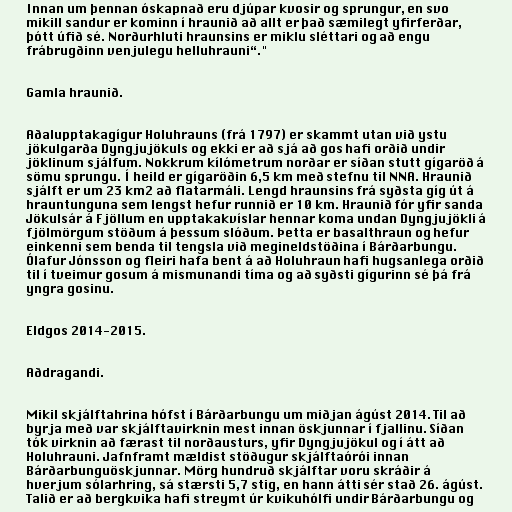
Innan um þennan óskapnað eru djúpar kvosir og sprungur, en svo
mikill sandur er kominn í hraunið að allt er það sæmilegt yfirferðar,
þótt úfið sé. Norðurhluti hraunsins er miklu sléttari og að engu
frábrugðinn venjulegu helluhrauni“."

Gamla hraunið.

Aðalupptakagígur Holuhrauns (frá 1797) er skammt utan við ystu
jökulgarða Dyngjujökuls og ekki er að sjá að gos hafi orðið undir
jöklinum sjálfum. Nokkrum kílómetrum norðar er síðan stutt gígaröð á
sömu sprungu. Í heild er gígaröðin 6,5 km með stefnu til NNA. Hraunið
sjálft er um 23 km2 að flatarmáli. Lengd hraunsins frá syðsta gíg út á
hrauntunguna sem lengst hefur runnið er 10 km. Hraunið fór yfir sanda
Jökulsár á Fjöllum en upptakakvíslar hennar koma undan Dyngjujökli á
fjölmörgum stöðum á þessum slóðum. Þetta er basalthraun og hefur
einkenni sem benda til tengsla við megineldstöðina í Bárðarbungu.
Ólafur Jónsson og fleiri hafa bent á að Holuhraun hafi hugsanlega orðið
til í tveimur gosum á mismunandi tíma og að syðsti gígurinn sé þá frá
yngra gosinu.

Eldgos 2014-2015.

Aðdragandi.

Mikil skjálftahrina hófst í Bárðarbungu um miðjan ágúst 2014. Til að
byrja með var skjálftavirknin mest innan öskjunnar í fjallinu. Síðan
tók virknin að færast til norðausturs, yfir Dyngjujökul og í átt að
Holuhrauni. Jafnframt mældist stöðugur skjálftaórói innan
Bárðarbunguöskjunnar. Mörg hundruð skjálftar voru skráðir á
hverjum sólarhring, sá stærsti 5,7 stig, en hann átti sér stað 26. ágúst.
Talið er að bergkvika hafi streymt úr kvikuhólfi undir Bárðarbungu og